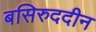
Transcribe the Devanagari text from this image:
बसिरुददीन